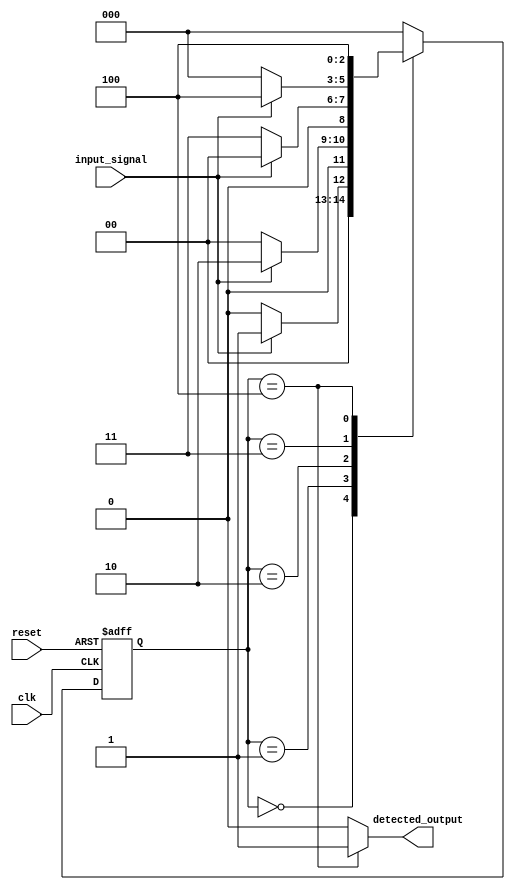
module sequence_detector (
    input wire clk,
    input wire reset,
    input wire input_signal,
    output reg detected_output
);

    // State encoding using parameters
    parameter S0 = 3'b000, // Initial state
              S1 = 3'b001, // First bit (1) received
              S2 = 3'b010, // Second bit (1) received
              S3 = 3'b011, // Third bit (0) received
              S4 = 3'b100; // Final state (sequence detected)
    
    reg [2:0] current_state, next_state;

    // State transition logic
    always @(*) begin
        case (current_state)
            S0: begin
                if (input_signal) 
                    next_state = S1; // Transition to S1 on input 1
                else 
                    next_state = S0; // Stay in S0 on input 0
            end
            
            S1: begin
                if (input_signal) 
                    next_state = S2; // Transition to S2 on input 1
                else 
                    next_state = S0; // Reset to S0 on input 0
            end
            
            S2: begin
                if (!input_signal) 
                    next_state = S3; // Transition to S3 on input 0
                else 
                    next_state = S0; // Reset to S0 on input 1
            end
            
            S3: begin
                if (input_signal) 
                    next_state = S4; // Transition to S4 on input 1
                else 
                    next_state = S0; // Reset to S0 on input 0
            end
            
            S4: begin
                next_state = S4; // Stay in S4 (detected state)
            end
            
            default: next_state = S0; // Default to S0
        endcase
    end

    // State register
    always @(posedge clk or posedge reset) begin
        if (reset) 
            current_state <= S0; // Reset to initial state
        else 
            current_state <= next_state; // Update current state
    end

    // Output logic
    always @(*) begin
        case (current_state)
            S0: detected_output = 1'b0;
            S1: detected_output = 1'b0;
            S2: detected_output = 1'b0;
            S3: detected_output = 1'b0;
            S4: detected_output = 1'b1; // Output high when sequence detected
            default: detected_output = 1'b0;
        endcase
    end

endmodule